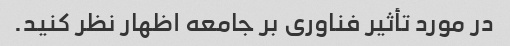
در مورد تأثیر فناوری بر جامعه اظهار نظر کنید.